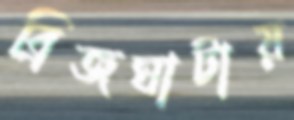
ব্রিজঘাটায়